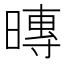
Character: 暷